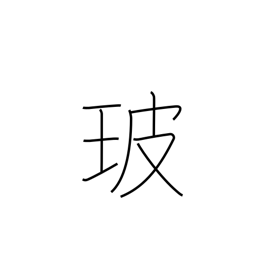
Meaning: glass